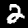
Label: 2